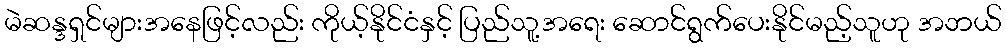
မဲဆန္ဒရှင်များအနေဖြင့်လည်း ကိုယ့်နိုင်ငံနှင့် ပြည်သူ့အရေး ဆောင်ရွက်ပေးနိုင်မည့်သူဟု အဘယ်